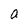
Character: a